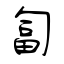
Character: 匐